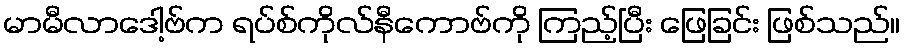
မာမီလာဒေါ့ဗ်က ရပ်စ်ကိုလ်နီကောဗ်ကို ကြည့်ပြီး ဖြေခြင်း ဖြစ်သည်။